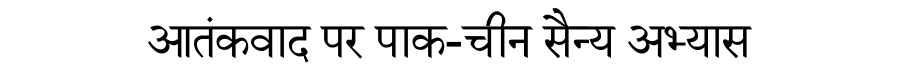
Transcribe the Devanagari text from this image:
आतंकवाद पर पाक-चीन सैन्य अभ्यास